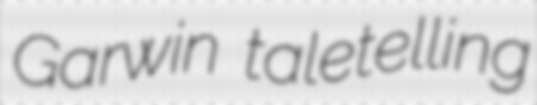
Garwin taletelling